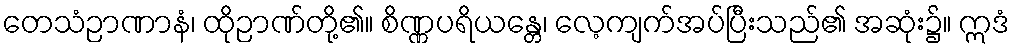
တေသံဉာဏာနံ၊ ထိုဉာဏ်တို့၏။ စိဏ္ဏပရိယန္တေ၊ လေ့ကျက်အပ်ပြီးသည်၏ အဆုံး၌။ ဣဒံ